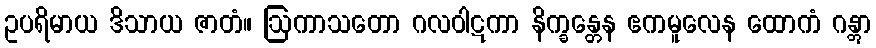
ဥပရိမာယ ဒိသာယ ဇာတံ။ ဩကာသတော ဂလဝါဋကာ နိက္ခန္တေန ဧကမူလေန ထောကံ ဂန္တွာ